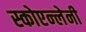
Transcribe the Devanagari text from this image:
स्कोएन्लेनी